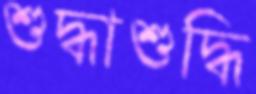
শুদ্ধাশুদ্ধি